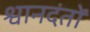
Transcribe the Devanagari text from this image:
श्वानदंतों